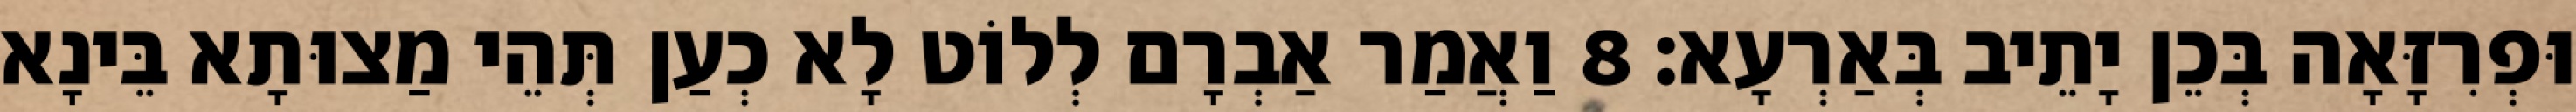
וּפְרִזָּאָה בְּכֵן יָתֵיב בְּאַרְעָא׃ 8 וַאֲמַר אַבְרָם לְלוֹט לָא כְעַן תְּהֵי מַצוּתָא בֵּינָא